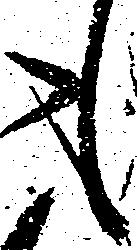
も